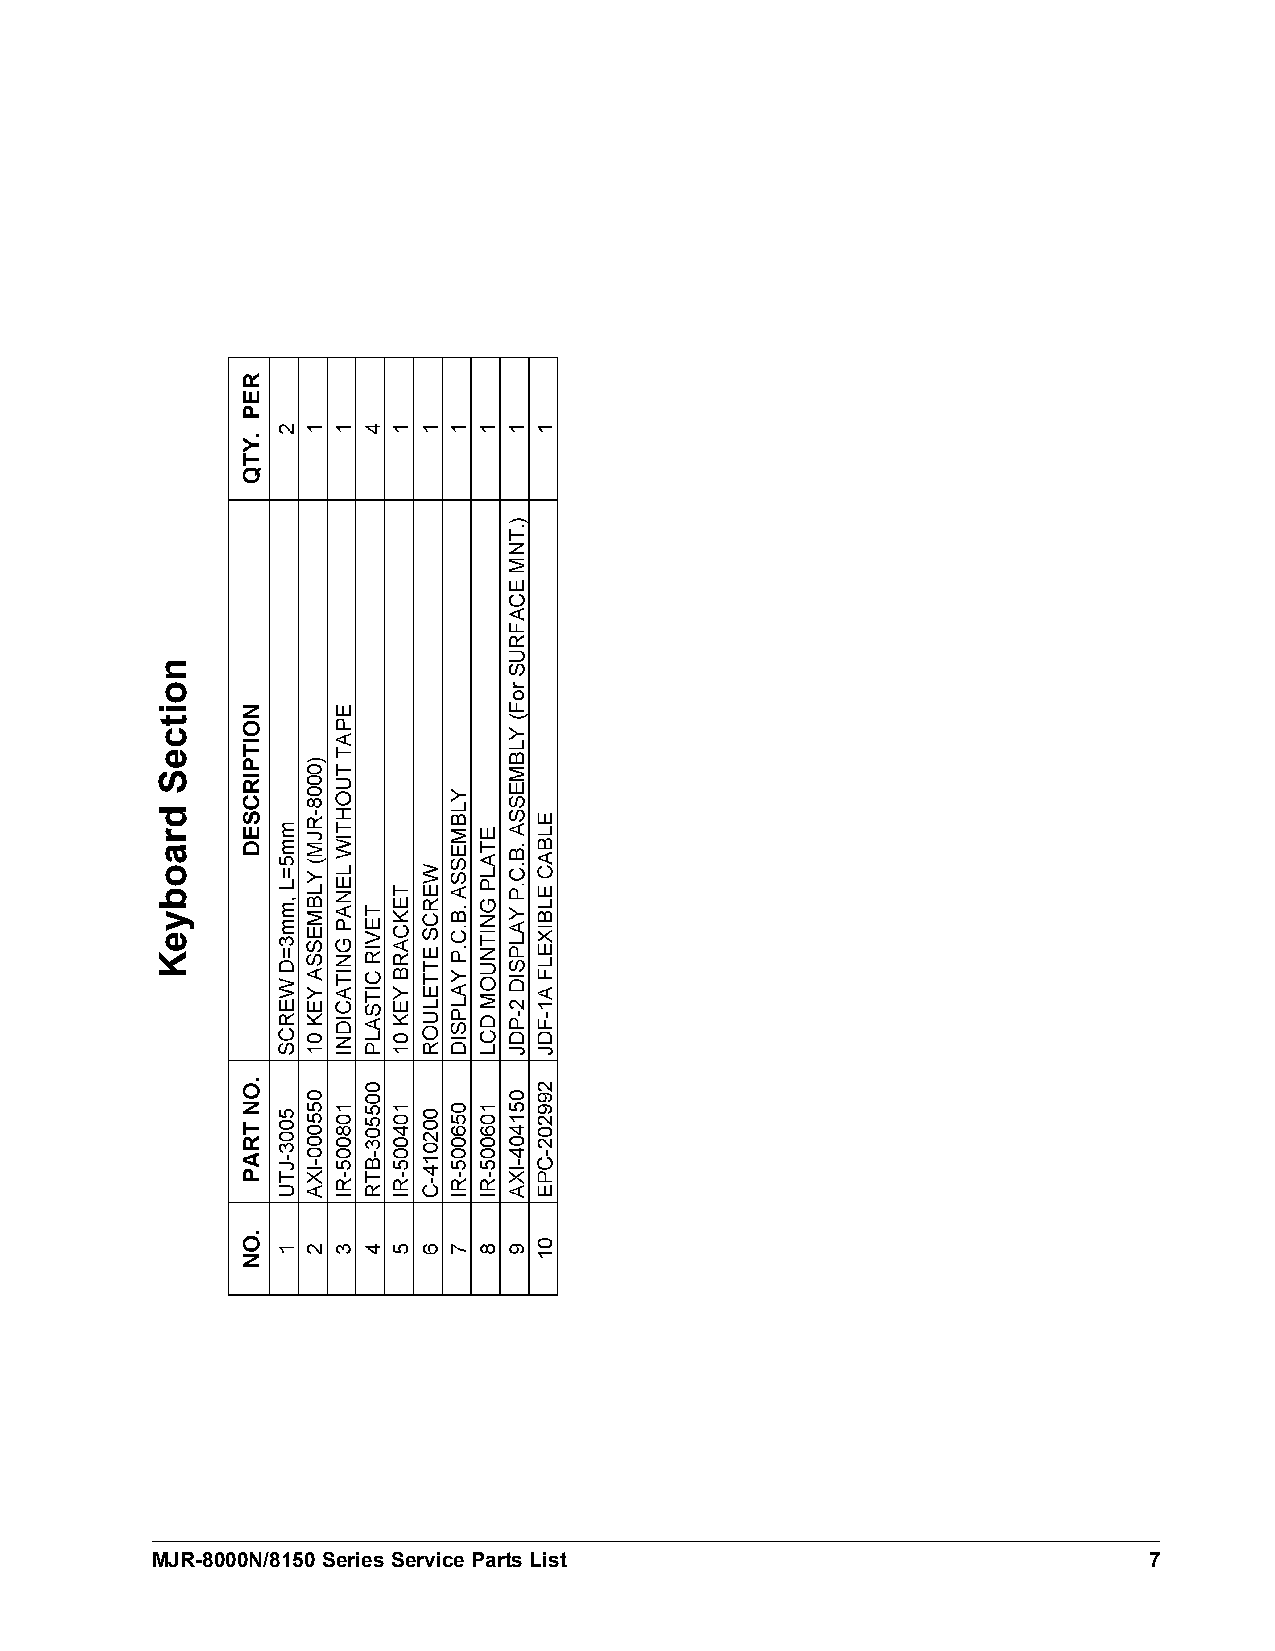
MJR-8000N/8150 Series Service Parts List                          7
 noitceS
 draobyeK